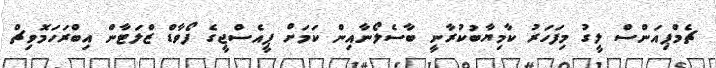
ޗެމްޕިއަންސް ލީގު މިފަހަރު ކާމިޔާބުކުރާނީ ބާސެލޯނާއިން ކަމަށް ޕީއެސްޖީގެ ފޯވާޑް ޒްލަޓާން އިބްރަހަމޮވިޗް